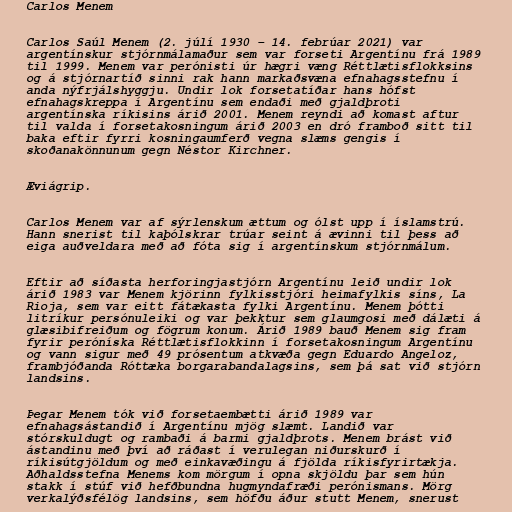
Carlos Menem

Carlos Saúl Menem (2. júlí 1930 – 14. febrúar 2021) var
argentínskur stjórnmálamaður sem var forseti Argentínu frá 1989
til 1999. Menem var perónisti úr hægri væng Réttlætisflokksins
og á stjórnartíð sinni rak hann markaðsvæna efnahagsstefnu í
anda nýfrjálshyggju. Undir lok forsetatíðar hans hófst
efnahagskreppa í Argentínu sem endaði með gjaldþroti
argentínska ríkisins árið 2001. Menem reyndi að komast aftur
til valda í forsetakosningum árið 2003 en dró framboð sitt til
baka eftir fyrri kosningaumferð vegna slæms gengis í
skoðanakönnunum gegn Néstor Kirchner.

Æviágrip.

Carlos Menem var af sýrlenskum ættum og ólst upp í íslamstrú.
Hann snerist til kaþólskrar trúar seint á ævinni til þess að
eiga auðveldara með að fóta sig í argentínskum stjórnmálum.

Eftir að síðasta herforingjastjórn Argentínu leið undir lok
árið 1983 var Menem kjörinn fylkisstjóri heimafylkis síns, La
Rioja, sem var eitt fátækasta fylki Argentínu. Menem þótti
litríkur persónuleiki og var þekktur sem glaumgosi með dálæti á
glæsibifreiðum og fögrum konum. Árið 1989 bauð Menem sig fram
fyrir peróníska Réttlætisflokkinn í forsetakosningum Argentínu
og vann sigur með 49 prósentum atkvæða gegn Eduardo Angeloz,
frambjóðanda Róttæka borgarabandalagsins, sem þá sat við stjórn
landsins.

Þegar Menem tók við forsetaembætti árið 1989 var
efnahagsástandið í Argentínu mjög slæmt. Landið var
stórskuldugt og rambaði á barmi gjaldþrots. Menem brást við
ástandinu með því að ráðast í verulegan niðurskurð í
ríkisútgjöldum og með einkavæðingu á fjölda ríkisfyrirtækja.
Aðhaldsstefna Menems kom mörgum í opna skjöldu þar sem hún
stakk í stúf við hefðbundna hugmyndafræði perónismans. Mörg
verkalýðsfélög landsins, sem höfðu áður stutt Menem, snerust